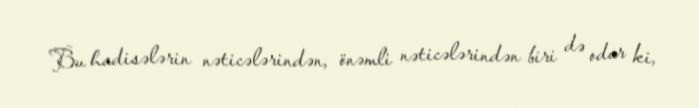
Bu hadisələrin nəticələrindən, önəmli nəticələrindən biri də odur ki,